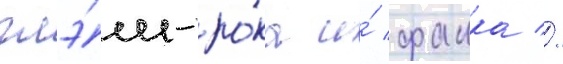
глэ́м-ро́ка и́ фанка //